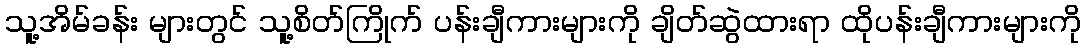
သူ့အိမ်ခန်း များတွင် သူ့စိတ်ကြိုက် ပန်းချီကားများကို ချိတ်ဆွဲထားရာ ထိုပန်းချီကားများကို